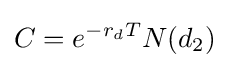
C=e^{-r_{d}T}N(d_{2})